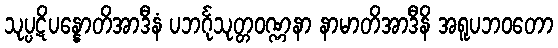
သုပ္ပဋိပန္နောတိအာဒီနံ ပဘင်္ဂုသုတ္တဝဏ္ဏနာ နာမာတိအာဒီနိ အရူပဘဝတော